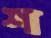
শ